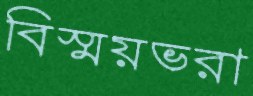
বিস্ময়ভরা